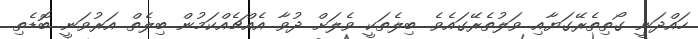
ހައްދަނީ ގޯތިތެރޭގަޔާއި ވަލުތެރޭގައެވެ. ބިލެތަކީ ވެލަށް ދުވާ އެއްޗެއްކަމުން ބިލެތް އަރުވަނީ ބޮޑެތި